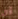
أزال